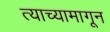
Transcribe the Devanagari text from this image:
त्याच्यामागून